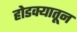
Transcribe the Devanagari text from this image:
होडक्यातून